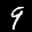
Label: 9